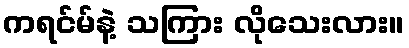
ကရင်မ်နဲ့ သကြား လိုသေးလား။